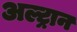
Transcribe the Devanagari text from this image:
अल्ट्रान